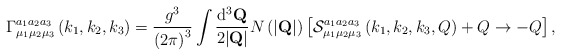
\begin{align*}\Gamma_{\mu_1\mu_2\mu_3}^{a_1 a_2 a_3}\left(k_1,k_2,k_3\right)=\frac{g^3}{\left(2\pi\right)^3}\int\frac{{\rm d}^3 {\bf Q}}{2|{\bf Q}|} N\left(|{\bf Q}|\right)\left[{\cal S}_{\mu_1\mu_2\mu_3}^{a_1 a_2 a_3}\left(k_1,k_2,k_3,Q\right) + Q\rightarrow -Q \right],\end{align*}